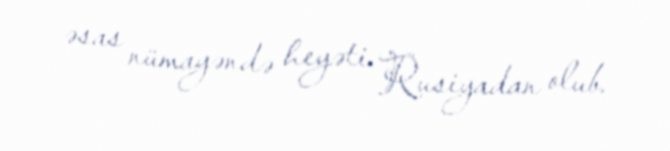
əsas nümayəndə heyəti Rusiyadan olub.